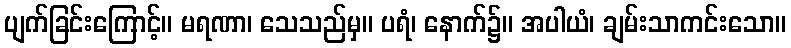
ပျက်ခြင်းကြောင့်။ မရဏာ၊ သေသည်မှ။ ပရံ၊ နောက်၌။ အပါယံ၊ ချမ်းသာကင်းသော။